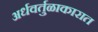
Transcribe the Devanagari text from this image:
अर्धवर्तुळाकारात